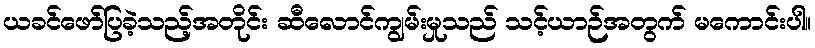
ယခင်ဖော်ပြခဲ့သည့်အတိုင်း ဆီလောင်ကျွမ်းမှုသည် သင့်ယာဉ်အတွက် မကောင်းပါ။